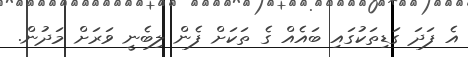
އެ ފަދަ ގަޑިތަކުގައި ބައެއް ގެ ތަކަށް ފެން ލިބެނީ ވަރަށް މަދުން.